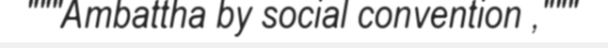
"""Ambattha by social convention ,"""